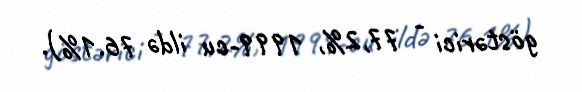
göstərici - 77,2%, 1999-cu ildə 76.1%).